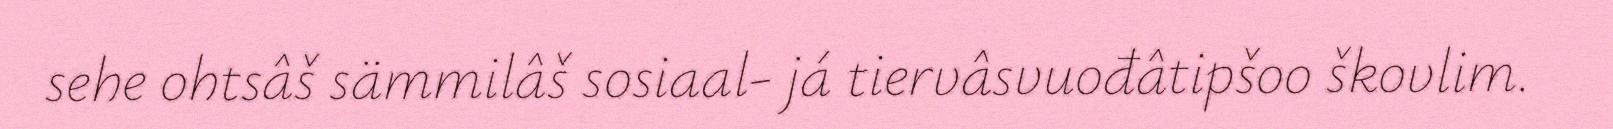
sehe ohtsâš sämmilâš sosiaal- já tiervâsvuođâtipšoo škovlim.